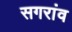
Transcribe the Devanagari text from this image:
सगरांव